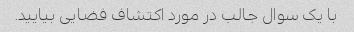
با یک سوال جالب در مورد اکتشاف فضایی بیایید.